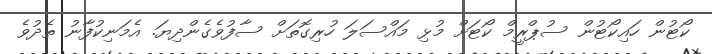
ކޯޓުން ހައިކޯޓުން ސުޕްރީމް ކޯޓަށް މުޅި މައްސަލަ ހުރިގޮތަށް ސާފުވެގެންދިޔަ. އެމަނިކުފާނު ތެދުވެ